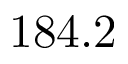
1 8 4 . 2